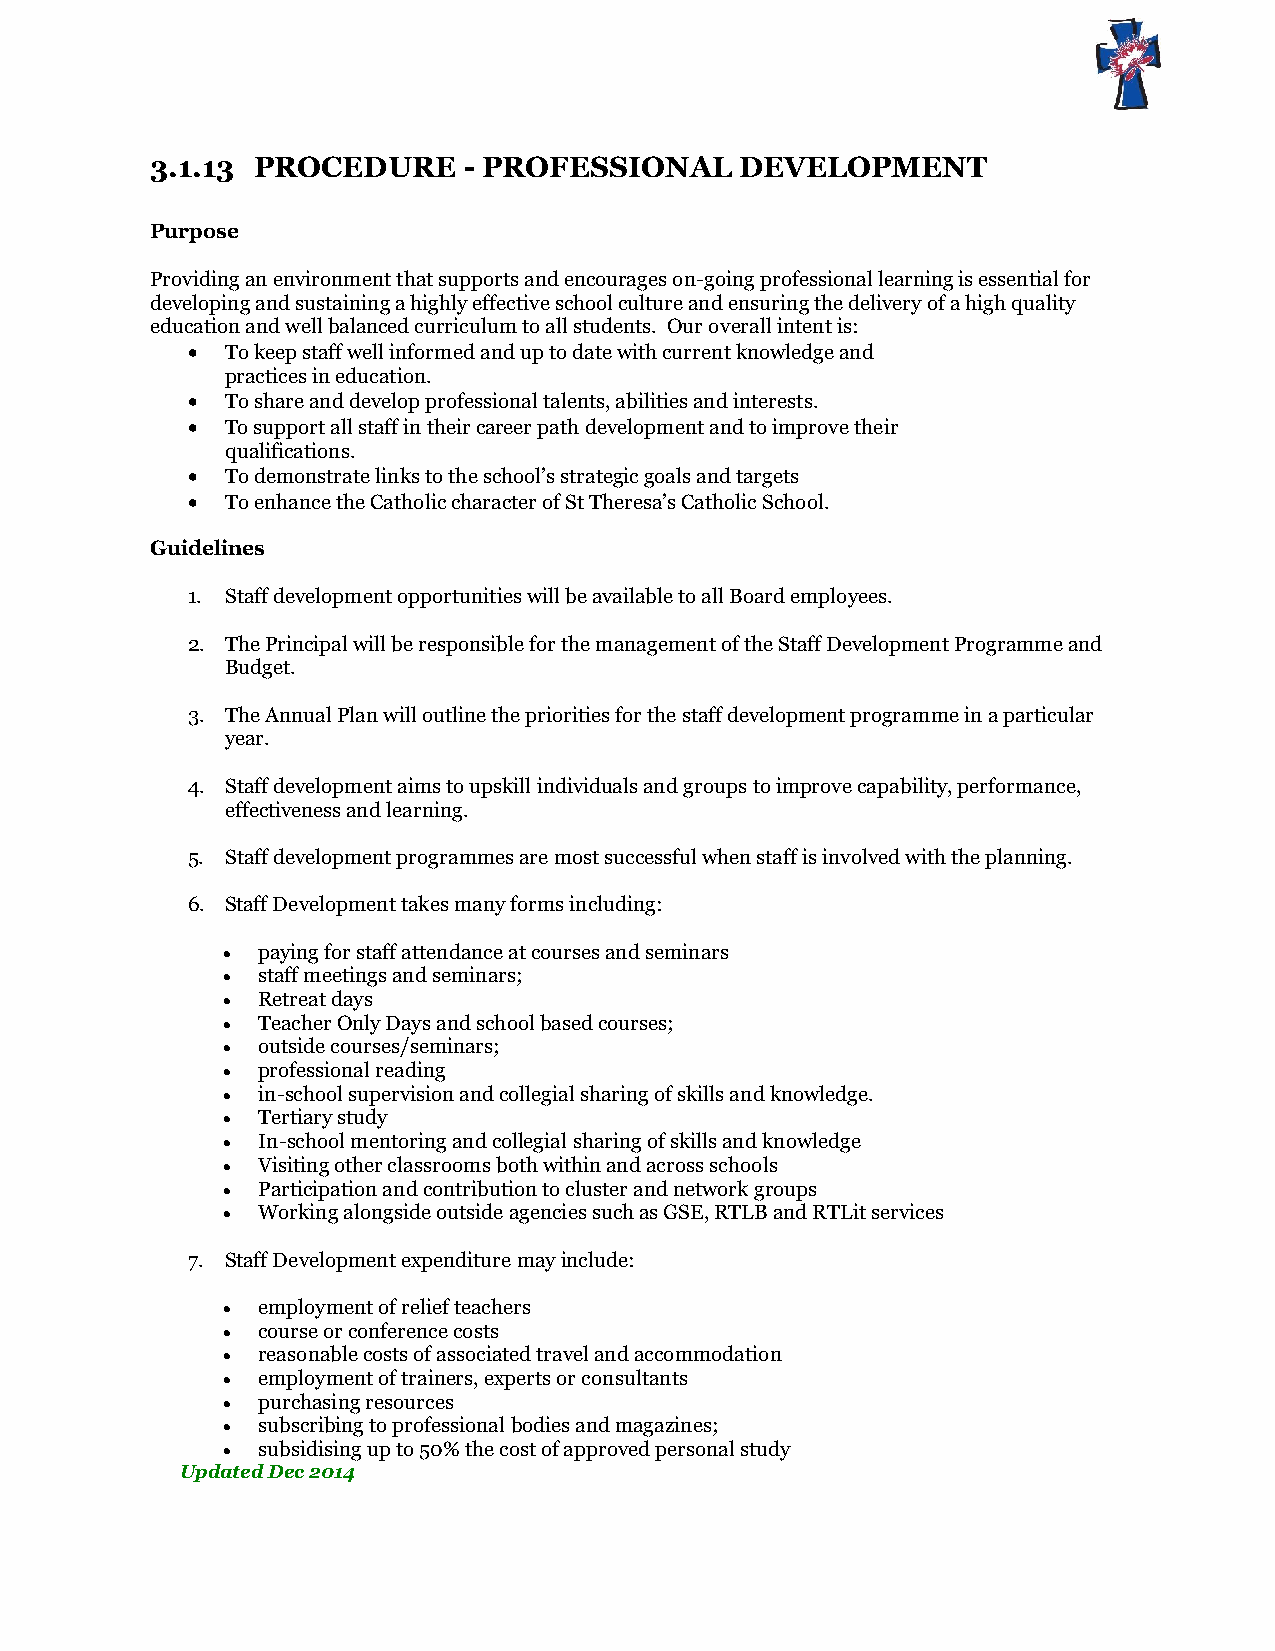
3.1.13 PROCEDURE     - PROFESSIONAL    DEVELOPMENT
 Purpose
 Providing an environment that supports and encourages on-going professional learning is essential for
 developing and sustaining a highly effective school culture and ensuring the delivery of a high quality
 education and well balanced curriculum to all students. Our overall intent is:
   To keep staff well informed and up to date with current knowledge and
 practices in education.
   To share and develop professional talents, abilities and interests.
   To support all staff in their career path development and to improve their
 qualifications.
   To demonstrate links to the school’s strategic goals and targets
   To enhance the Catholic character of St Theresa’s Catholic School.
 Guidelines
 1. Staff development opportunities will be available to all Board employees.
 2. The Principal will be responsible for the management of the Staff Development Programme and
 Budget.
 3. The Annual Plan will outline the priorities for the staff development programme in a particular
 year.
 4. Staff development aims to upskill individuals and groups to improve capability, performance,
 effectiveness and learning.
 5. Staff development programmes are most successful when staff is involved with the planning.
 6. Staff Development takes many forms including:
  paying for staff attendance at courses and seminars
  staff meetings and seminars;
  Retreat days
  Teacher Only Days and school based courses;
  outside courses/seminars;
  professional reading
  in-school supervision and collegial sharing of skills and knowledge.
  Tertiary study
  In-school mentoring and collegial sharing of skills and knowledge
  Visiting other classrooms both within and across schools
  Participation and contribution to cluster and network groups
  Working alongside outside agencies such as GSE, RTLB and RTLit services
 7. Staff Development expenditure may include:
  employment of relief teachers
  course or conference costs
  reasonable costs of associated travel and accommodation
  employment of trainers, experts or consultants
  purchasing resources
  subscribing to professional bodies and magazines;
  subsidising up to 50% the cost of approved personal study
 Updated Dec 2014